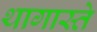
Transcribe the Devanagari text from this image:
थागास्ते